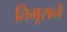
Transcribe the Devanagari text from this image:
तिमूराने